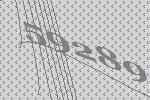
59289